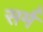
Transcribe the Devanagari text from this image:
सर्म